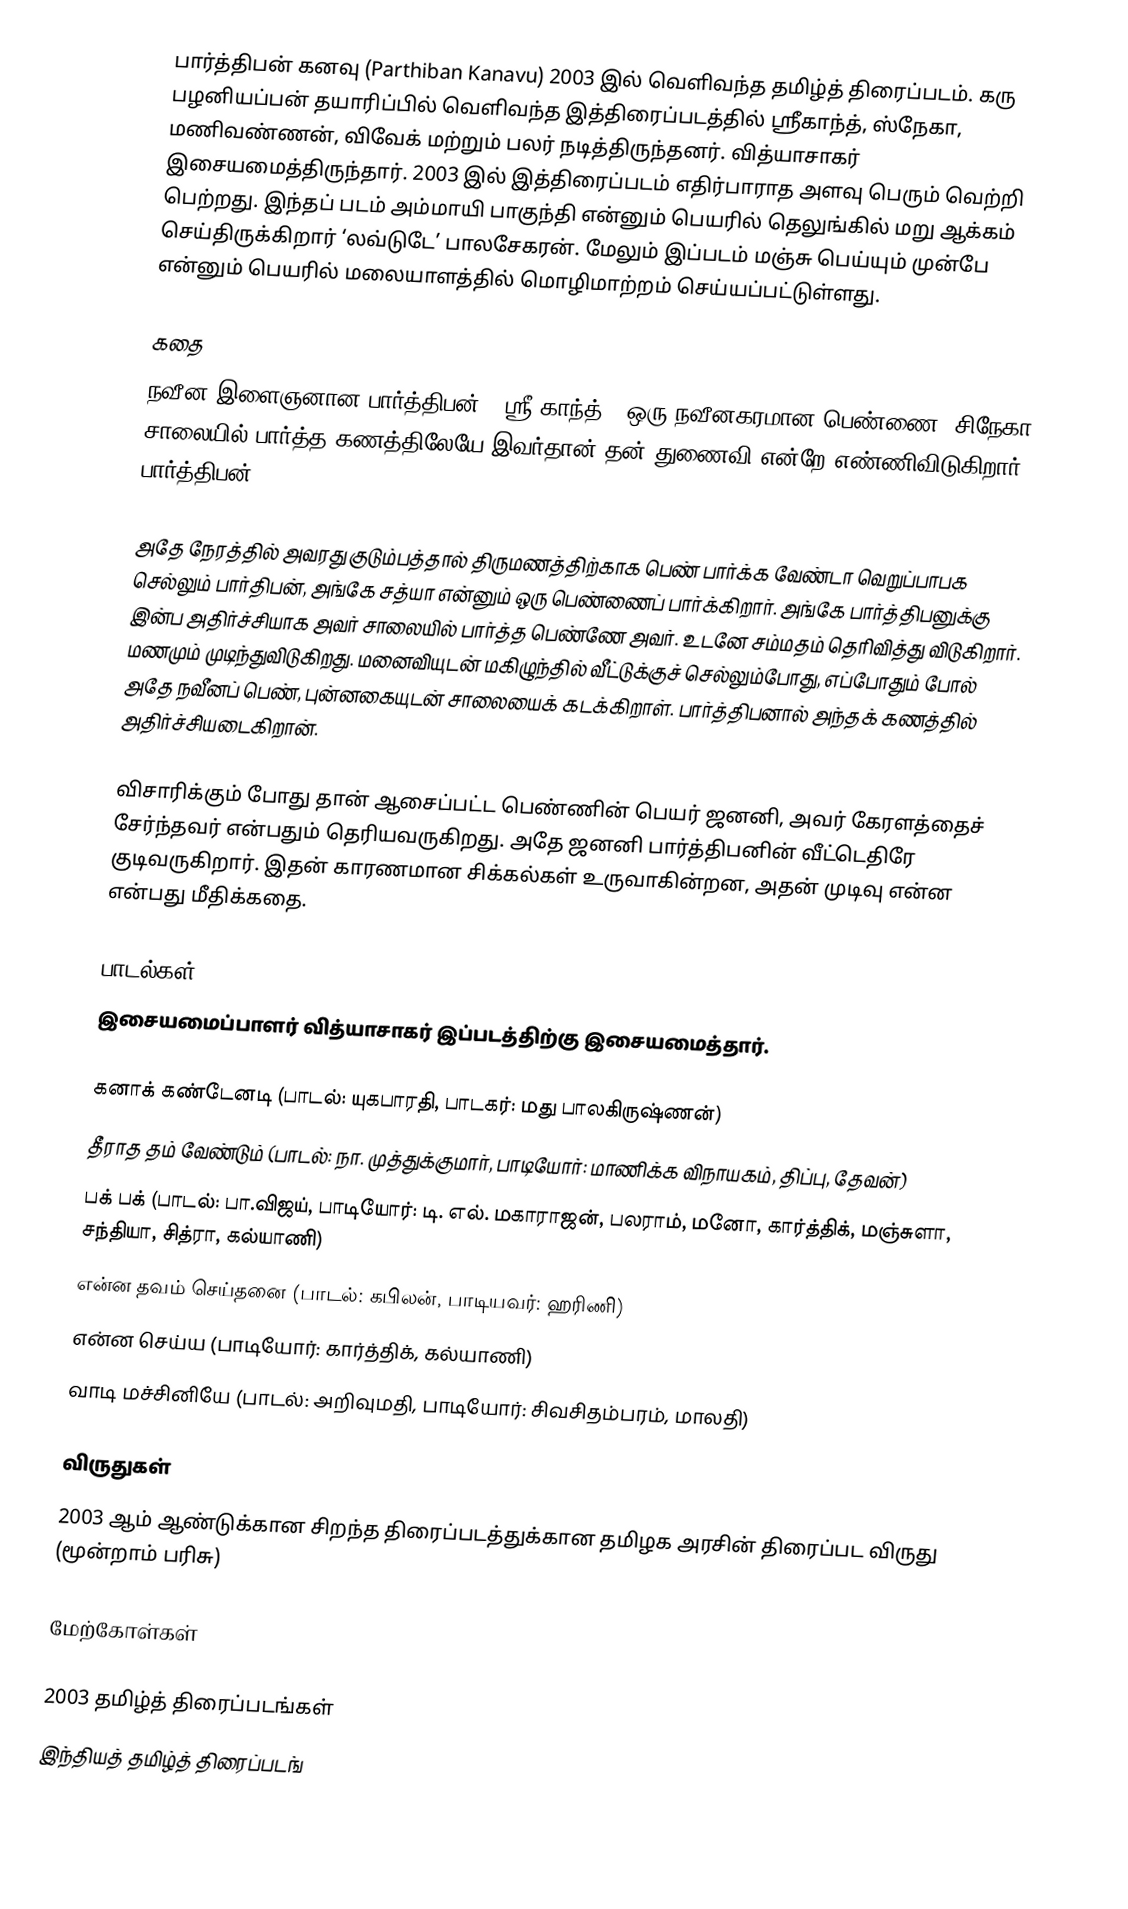
பார்த்திபன் கனவு (Parthiban Kanavu) 2003 இல் வெளிவந்த தமிழ்த் திரைப்படம். கரு பழனியப்பன் தயாரிப்பில் வெளிவந்த இத்திரைப்படத்தில் ஸ்ரீகாந்த், ஸ்நேகா, மணிவண்ணன், விவேக் மற்றும் பலர் நடித்திருந்தனர். வித்யாசாகர் இசையமைத்திருந்தார். 2003 இல் இத்திரைப்படம் எதிர்பாராத அளவு பெரும் வெற்றி பெற்றது. இந்தப் படம் அம்மாயி பாகுந்தி என்னும் பெயரில் தெலுங்கில்  மறு ஆக்கம் செய்திருக்கிறார் ‘லவ்டுடே’ பாலசேகரன். மேலும் இப்படம்  மஞ்சு பெய்யும் முன்பே என்னும் பெயரில் மலையாளத்தில் மொழிமாற்றம் செய்யப்பட்டுள்ளது.

கதை
நவீன இளைஞனான பார்த்திபன். (ஸ்ரீ காந்த்). ஒரு நவீனகரமான பெண்ணை (சிநேகா) சாலையில் பார்த்த கணத்திலேயே இவர்தான் தன் துணைவி என்றே எண்ணிவிடுகிறார் பார்த்திபன்.

அதே நேரத்தில் அவரது குடும்பத்தால் திருமணத்திற்காக பெண் பார்க்க வேண்டா வெறுப்பாபக செல்லும் பார்திபன், அங்கே சத்யா என்னும் ஒரு பெண்ணைப் பார்க்கிறார். அங்கே பார்த்திபனுக்கு இன்ப அதிர்ச்சியாக அவர் சாலையில் பார்த்த பெண்ணே அவர். உடனே சம்மதம் தெரிவித்து விடுகிறார். மணமும் முடிந்துவிடுகிறது. மனைவியுடன் மகிழுந்தில் வீட்டுக்குச் செல்லும்போது, எப்போதும் போல் அதே நவீனப் பெண், புன்னகையுடன் சாலையைக் கடக்கிறாள். பார்த்திபனால் அந்தக் கணத்தில் அதிர்ச்சியடைகிறான்.

விசாரிக்கும் போது தான் ஆசைப்பட்ட பெண்ணின் பெயர் ஜனனி, அவர் கேரளத்தைச் சேர்ந்தவர் என்பதும் தெரியவருகிறது. அதே ஜனனி பார்த்திபனின் வீட்டெதிரே குடிவருகிறார். இதன் காரணமான சிக்கல்கள் உருவாகின்றன, அதன் முடிவு என்ன என்பது மீதிக்கதை.

பாடல்கள்
இசையமைப்பாளர் வித்யாசாகர் இப்படத்திற்கு இசையமைத்தார்.

 கனாக் கண்டேனடி (பாடல்: யுகபாரதி, பாடகர்: மது பாலகிருஷ்ணன்)
 தீராத தம் வேண்டும் (பாடல்: நா. முத்துக்குமார், பாடியோர்: மாணிக்க விநாயகம், திப்பு, தேவன்)
 பக் பக் (பாடல்: பா.விஜய், பாடியோர்: டி. எல். மகாராஜன், பலராம், மனோ, கார்த்திக், மஞ்சுளா, சந்தியா, சித்ரா, கல்யாணி)
 என்ன தவம் செய்தனை (பாடல்: கபிலன், பாடியவர்: ஹரிணி)
 என்ன செய்ய (பாடியோர்: கார்த்திக், கல்யாணி)
 வாடி மச்சினியே (பாடல்: அறிவுமதி, பாடியோர்: சிவசிதம்பரம், மாலதி)

விருதுகள்
 2003 ஆம் ஆண்டுக்கான சிறந்த திரைப்படத்துக்கான தமிழக அரசின் திரைப்பட விருது (மூன்றாம் பரிசு)

மேற்கோள்கள்

2003 தமிழ்த் திரைப்படங்கள்
இந்தியத் தமிழ்த் திரைப்படங்